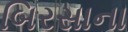
બિરસાના